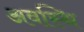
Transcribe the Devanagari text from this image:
अवस्थि